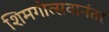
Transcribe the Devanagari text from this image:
शिमगोत्सवानंतर